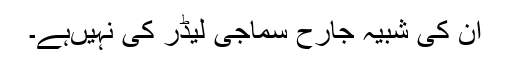
ان کی شبیہ جارح سماجی لیڈر کی نہیںہے۔